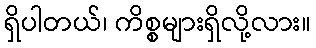
ရှိပါတယ်၊ ကိစ္စများရှိလို့လား။